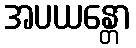
အပယန္တော